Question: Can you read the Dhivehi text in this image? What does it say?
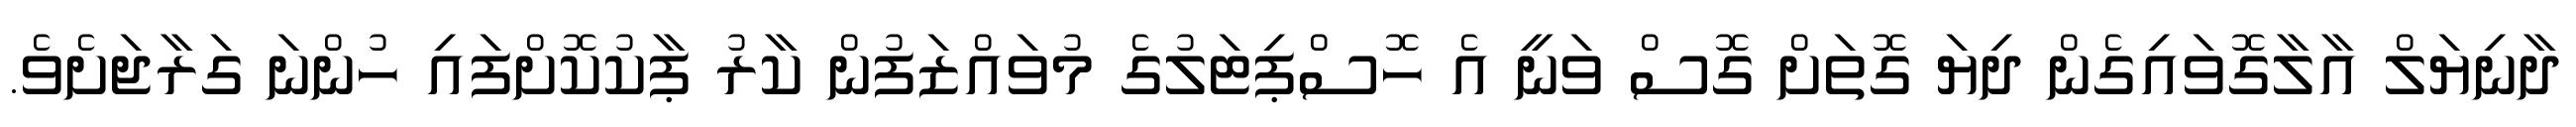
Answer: ދާނިޔަލް އާލާގޮވައިގެން ދިޔަ ގޮތަށް ގޮސް ވަނީ އެ ހޮސްޕިޓަލުގެ މުވައްޒަފުން ކާރު ޕާކުކޮށްފައި ހުންނަ ގަރާޖަށެވެ.